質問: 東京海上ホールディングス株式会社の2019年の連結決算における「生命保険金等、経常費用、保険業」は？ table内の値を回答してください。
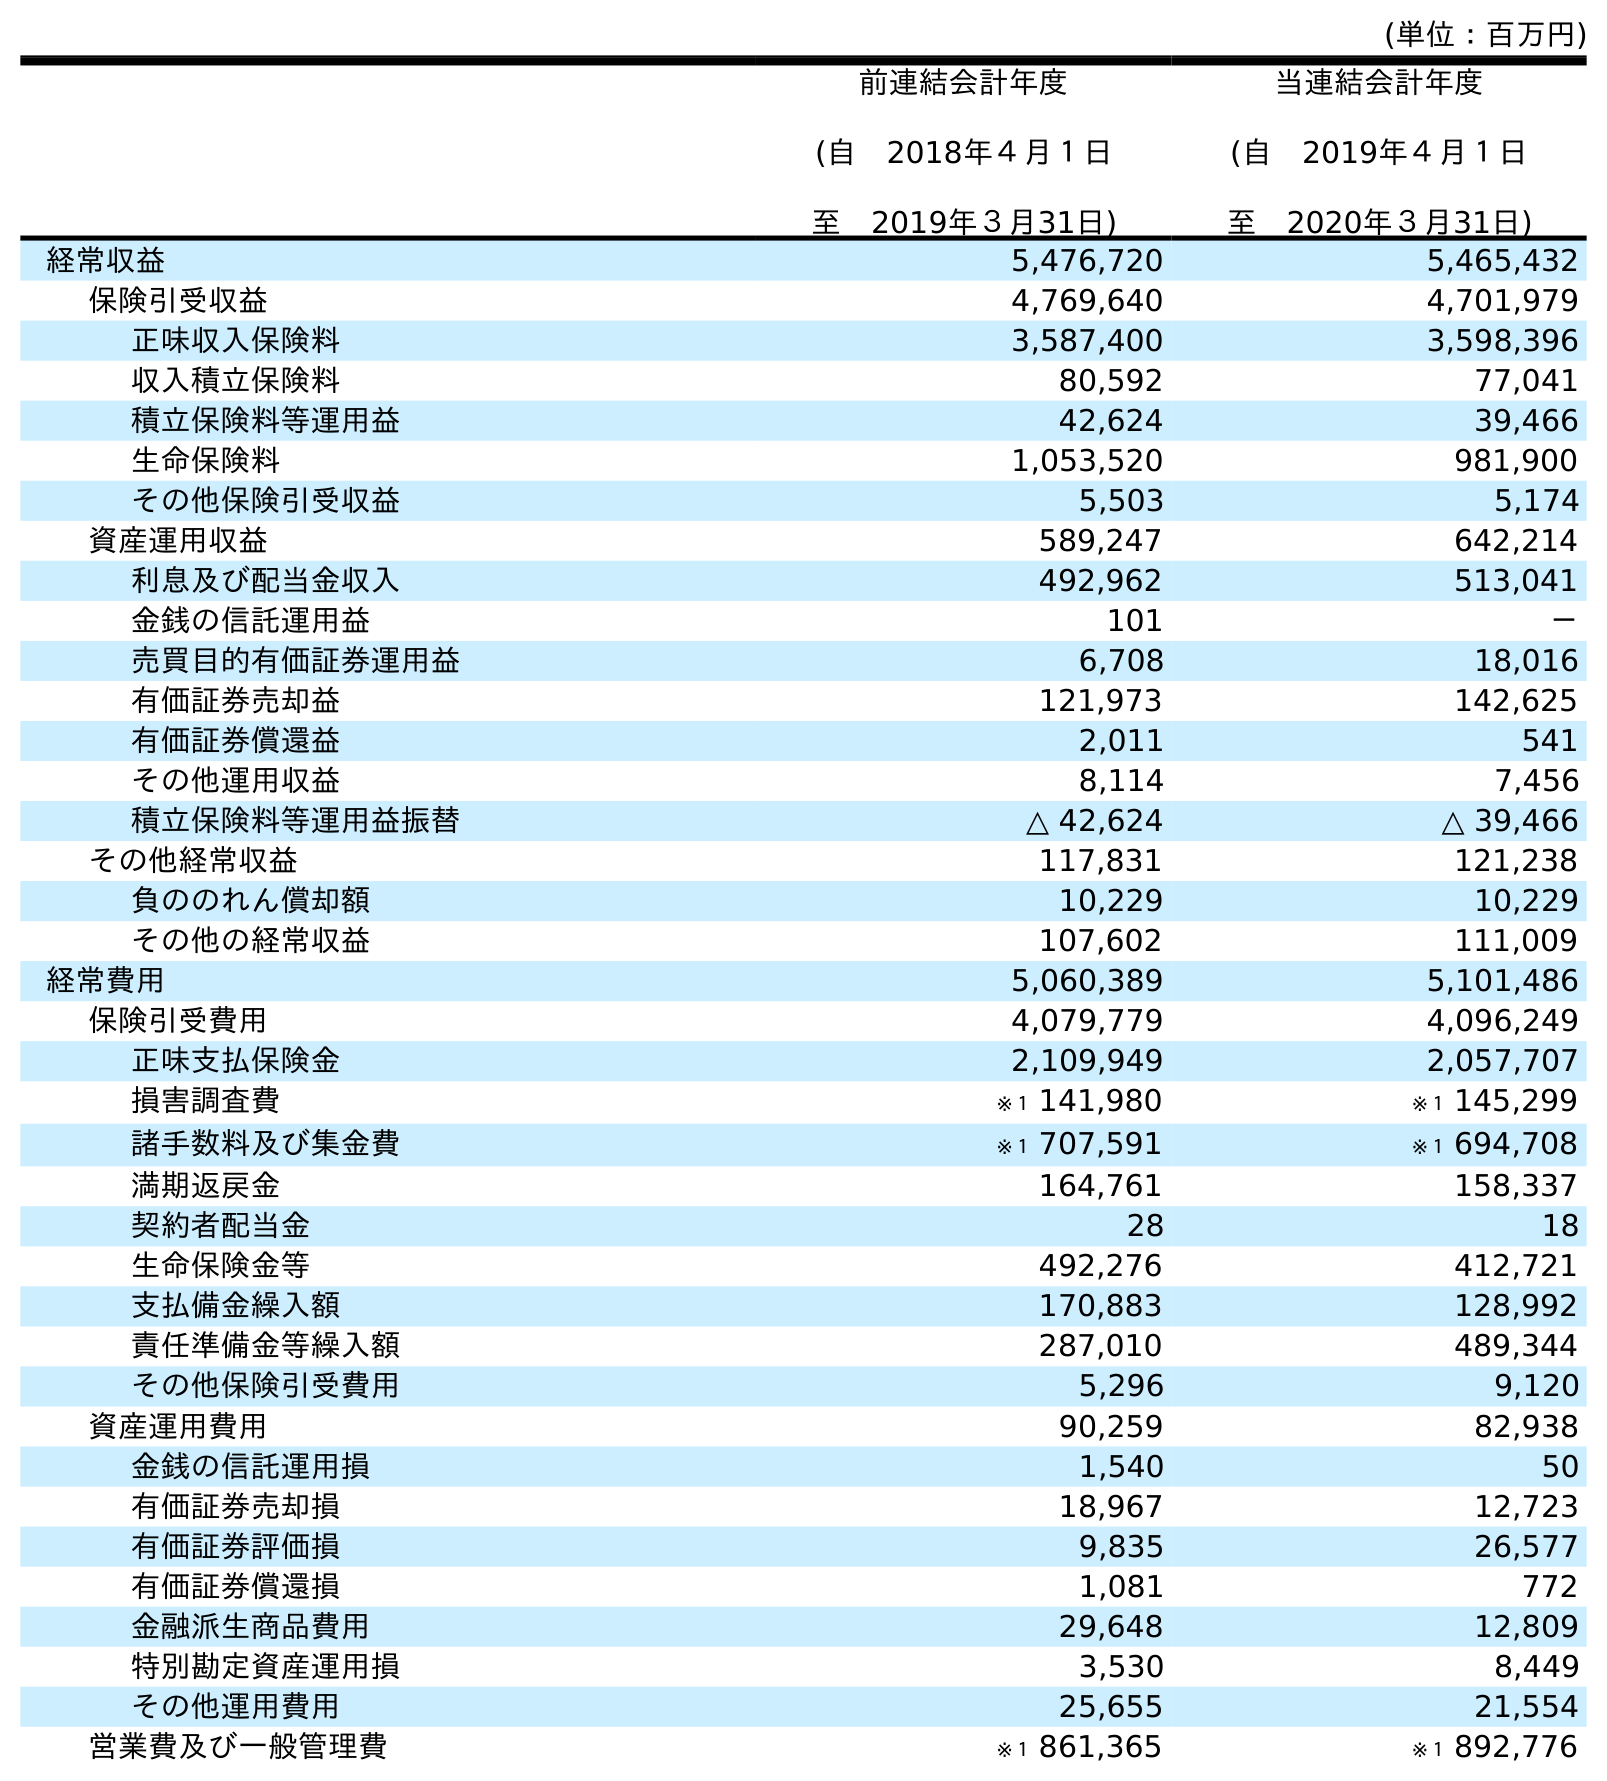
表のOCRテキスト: (単位：百万円) 前連結会計年度 (自 2018年４月１日 至 2019年３月31日) 当連結会計年度 (自 2019年４月１日 至 2020年３月31日) 経常収益 5,476,720 5,465,432 保険引受収益 4,769,640 4,701,979 正味収入保険料 3,587,400 3,598,396 収入積立保険料 80,592 77,041 積立保険料等運用益 42,624 39,466 生命保険料 1,053,520 981,900 その他保険引受収益 5,503 5,174 資産運用収益 589,247 642,214 利息及び配当金収入 492,962 513,041 金銭の信託運用益 101 － 売買目的有価証券運用益 6,708 18,016 有価証券売却益 121,973 142,625 有価証券償還益 2,011 541 その他運用収益 8,114 7,456 積立保険料等運用益振替 △ 42,624 △ 39,466 その他経常収益 117,831 121,238 負ののれん償却額 10,229 10,229 その他の経常収益 107,602 111,009 経常費用 5,060,389 5,101,486 保険引受費用 4,079,779 4,096,249 正味支払保険金 2,109,949 2,057,707 損害調査費 ※１ 141,980 ※１ 145,299 諸手数料及び集金費 ※１ 707,591 ※１ 694,708 満期返戻金 164,761 158,337 契約者配当金 28 18 生命保険金等 492,276 412,721 支払備金繰入額 170,883 128,992 責任準備金等繰入額 287,010 489,344 その他保険引受費用 5,296 9,120 資産運用費用 90,259 82,938 金銭の信託運用損 1,540 50 有価証券売却損 18,967 12,723 有価証券評価損 9,835 26,577 有価証券償還損 1,081 772 金融派生商品費用 29,648 12,809 特別勘定資産運用損 3,530 8,449 その他運用費用 25,655 21,554 営業費及び一般管理費 ※１ 861,365 ※１ 892,776
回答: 492,276